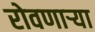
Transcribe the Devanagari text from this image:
रोवणार्‍या